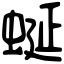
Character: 蜒